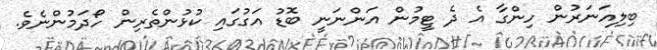
ބިލިއަނަރުން ހިންގާ އެ ދެ ޓީމުން އަންނަނީ ބޮޑު އަގުގައި ކުޅުންތެރިން ހޯދަމުންނެވެ.